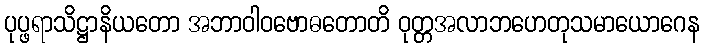
ပုပ္ဖရာသိဋ္ဌာနိယတော အဘာဝါဝဗောဓတောတိ ဝုတ္တအလာဘဟေတုသမာယောဂေန